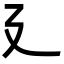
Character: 廴